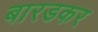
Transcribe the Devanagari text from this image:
बारडकर